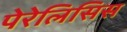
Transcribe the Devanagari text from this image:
पेरेलिसिस